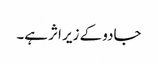
جادو کے زیر اثر ہے۔